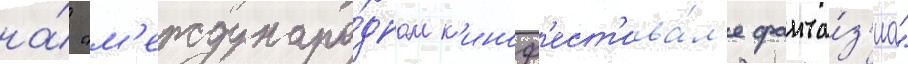
на́ "м'еждунаро́дном к'иноф'ест'ива́л'е фанта́з'иа"